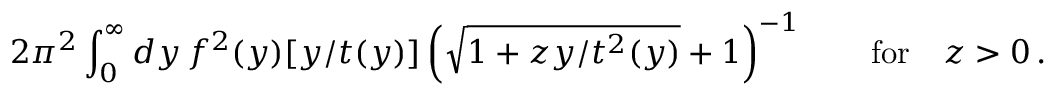
2 \pi ^ { 2 } \int _ { 0 } ^ { \infty } d y \, f ^ { 2 } ( y ) [ y / t ( y ) ] \left( \sqrt { 1 + z y / t ^ { 2 } ( y ) } + 1 \right) ^ { - 1 } \qquad \mathrm { f o r } \quad z > 0 \, .